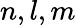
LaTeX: n,l,m